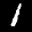
Label: 1